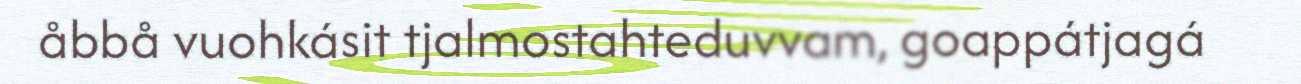
åbbå vuohkásit tjalmostahteduvvam, goappátjagá